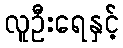
လူဦးရေနှင့်